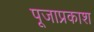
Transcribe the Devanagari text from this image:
पूजाप्रकाश